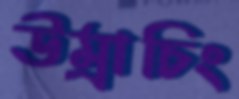
উম্রাচিং